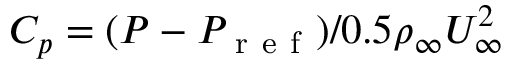
C _ { p } = ( P - P _ { \mathrm { ~ r ~ e ~ f ~ } } ) / 0 . 5 \rho _ { \infty } U _ { \infty } ^ { 2 }